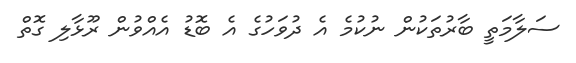
ސަލާމަތީ ބާރުތަކުން ނުކުމެ އެ ދުވަހުގެ އެ ބޮޑު އެއްވުން ރޫޅާލި ގޮތް